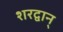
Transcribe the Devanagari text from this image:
शरद्वान्‌